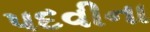
પદવીના